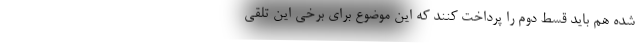
شده هم باید قسط دوم را پرداخت کنند که این موضوع برای برخی این تلقی